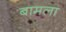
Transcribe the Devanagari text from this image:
बामला